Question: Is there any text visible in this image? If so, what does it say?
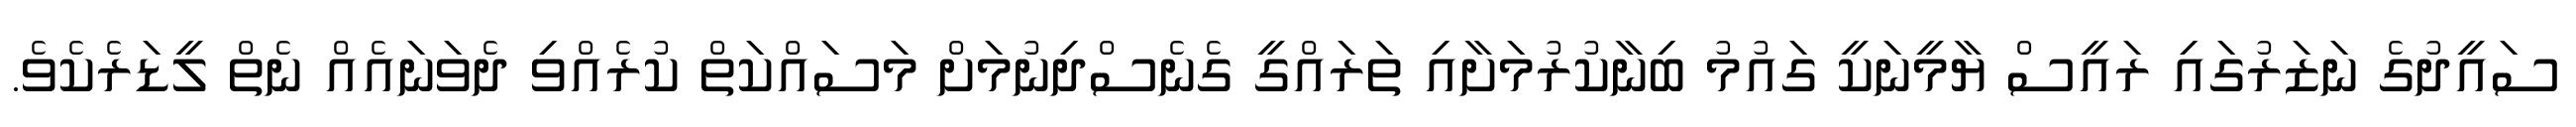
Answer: ސައީދުގެ ނަޒަރުގައި ރައީސް ޔާމީނަކީ ގައުމު ބިނާކުރުމަށާއި ތަރައްގީ ގެނެސްދިނުމަށް މަސައްކަތް ކުރެއްވި ދެވަނައެއް ނެތް ލީޑަރެކެވެ.